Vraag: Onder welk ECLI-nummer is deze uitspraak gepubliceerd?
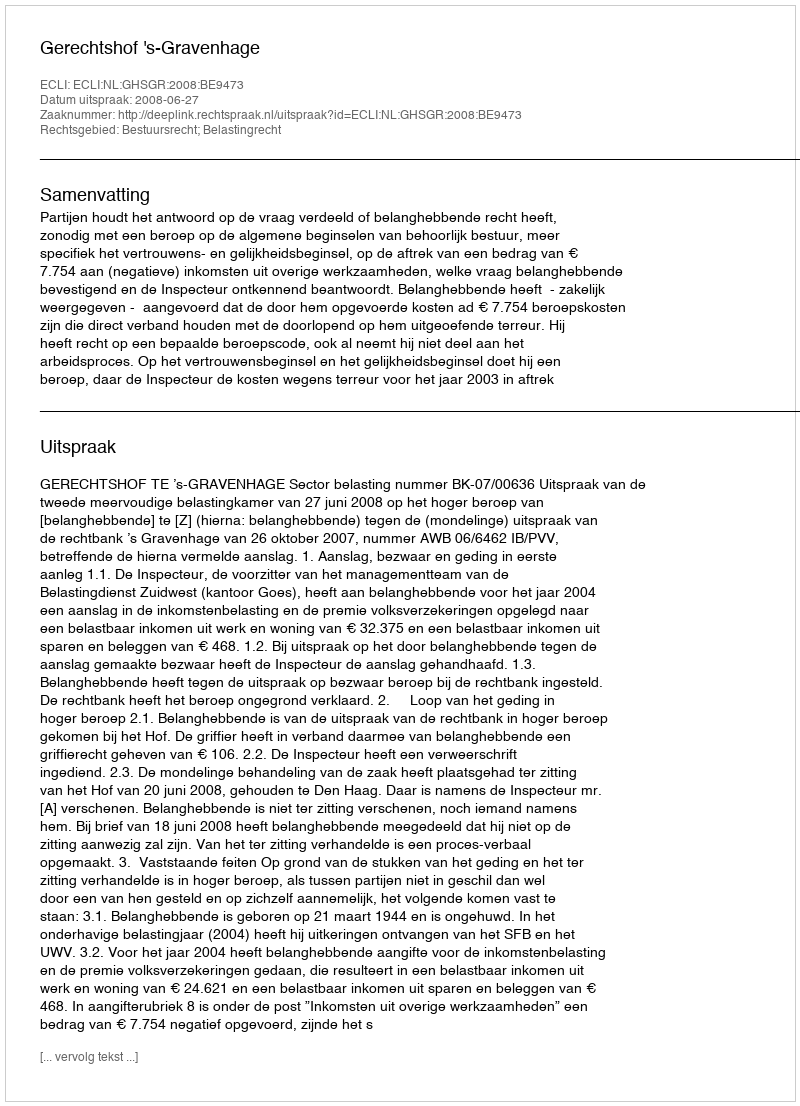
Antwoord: ECLI:NL:GHSGR:2008:BE9473